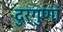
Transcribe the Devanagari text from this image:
दुर्गुणां